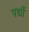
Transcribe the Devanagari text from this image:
पद्यौं